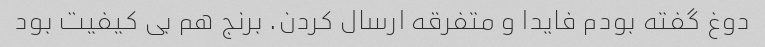
دوغ گفته بودم فایدا و متفرقه ارسال کردن. برنج هم بی کیفیت بود